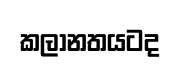
කලානතයටද